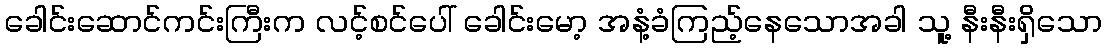
ခေါင်းဆောင်ကင်းကြီးက လင့်စင်ပေါ် ခေါင်းမော့ အနံ့ခံကြည့်နေသောအခါ သူ့ နီးနီးရှိသော